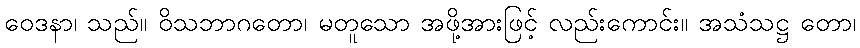
ဝေဒနာ၊ သည်။ ဝိသဘာဂတော၊ မတူသော အဖို့အားဖြင့် လည်းကောင်း။ အသံသဋ္ဌ တော၊